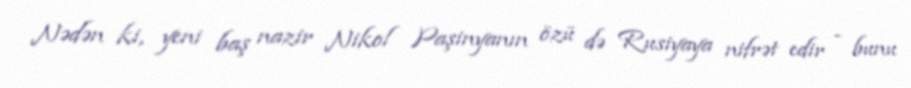
Nədən ki, yeni baş nazir Nikol Paşinyanın özü də Rusiyaya nifrət edir - bunu